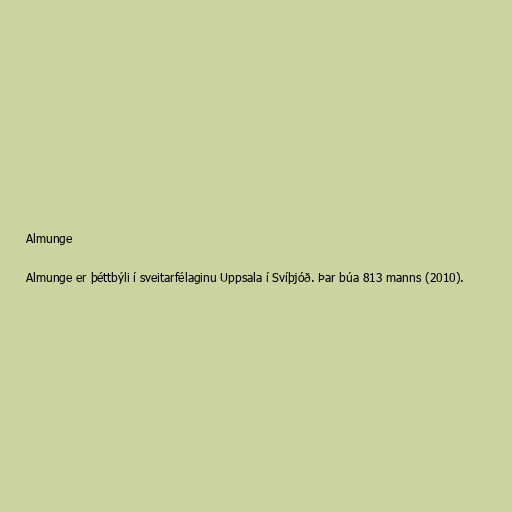
Almunge

Almunge er þéttbýli í sveitarfélaginu Uppsala í Svíþjóð. Þar búa 813 manns (2010).